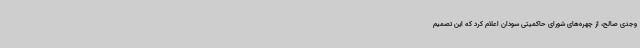
وجدی صالح، از چهره‌های شورای حاکمیتی سودان اعلام کرد که این تصمیم